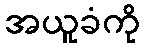
အယူခံကို